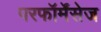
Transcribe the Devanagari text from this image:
परफॉर्मेंसेज